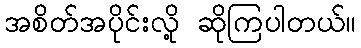
အစိတ်အပိုင်းလို့ ဆိုကြပါတယ်။